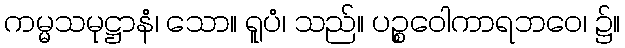
ကမ္မသမုဋ္ဌာနံ၊ သော။ ရူပံ၊ သည်။ ပဉ္စဝေါကာရဘဝေ၊ ၌။